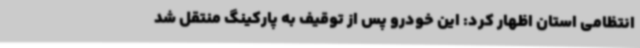
انتظامی استان اظهار کرد: این خودرو پس از توقیف به پارکینگ منتقل شد